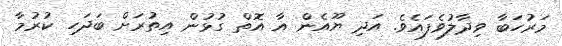
މަރުހަބާ ވިދާލުވެފައެވެ. އަދި ޔޫއެން އާ އޮތް ގުޅުން އިތުރަށް ބަދަހި ކުރުމާ